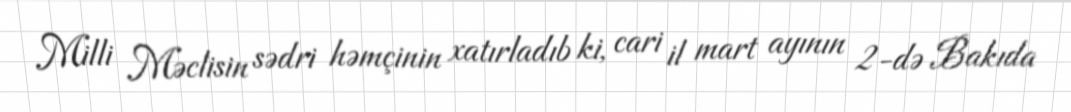
Milli Məclisin sədri həmçinin xatırladıb ki, cari il mart ayının 2-də Bakıda